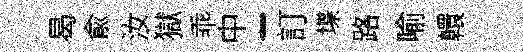
曷兪汝獄乖中一訂堞路喻轘